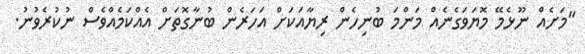
"މަށެއް ނޫޅެމޭ މޮޔަވަގެނެއް މަންމަ ބުނިހެން ރިޔާއަކަށް އަހަރެން ބުނާގޮތަށް އެއްކަމެއްވެސް ނުކުރެވުނު.